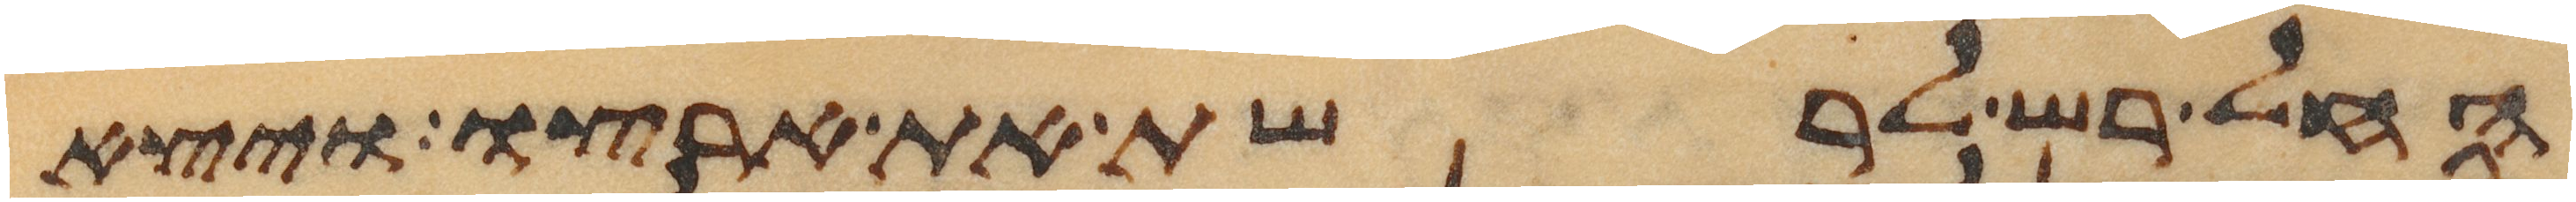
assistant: החל רש לרשת את ארצו ויצא